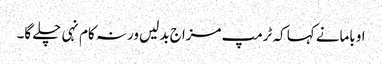
اوبامانے کہا کہ ٹرمپ مزاج بدلیں ورنہ کام نہی چلے گا۔